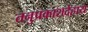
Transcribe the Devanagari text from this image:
तनुप्रकाशदेहाय